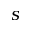
s